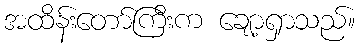
အထိန်းတော်ကြီးက ချော့ရှာသည်။